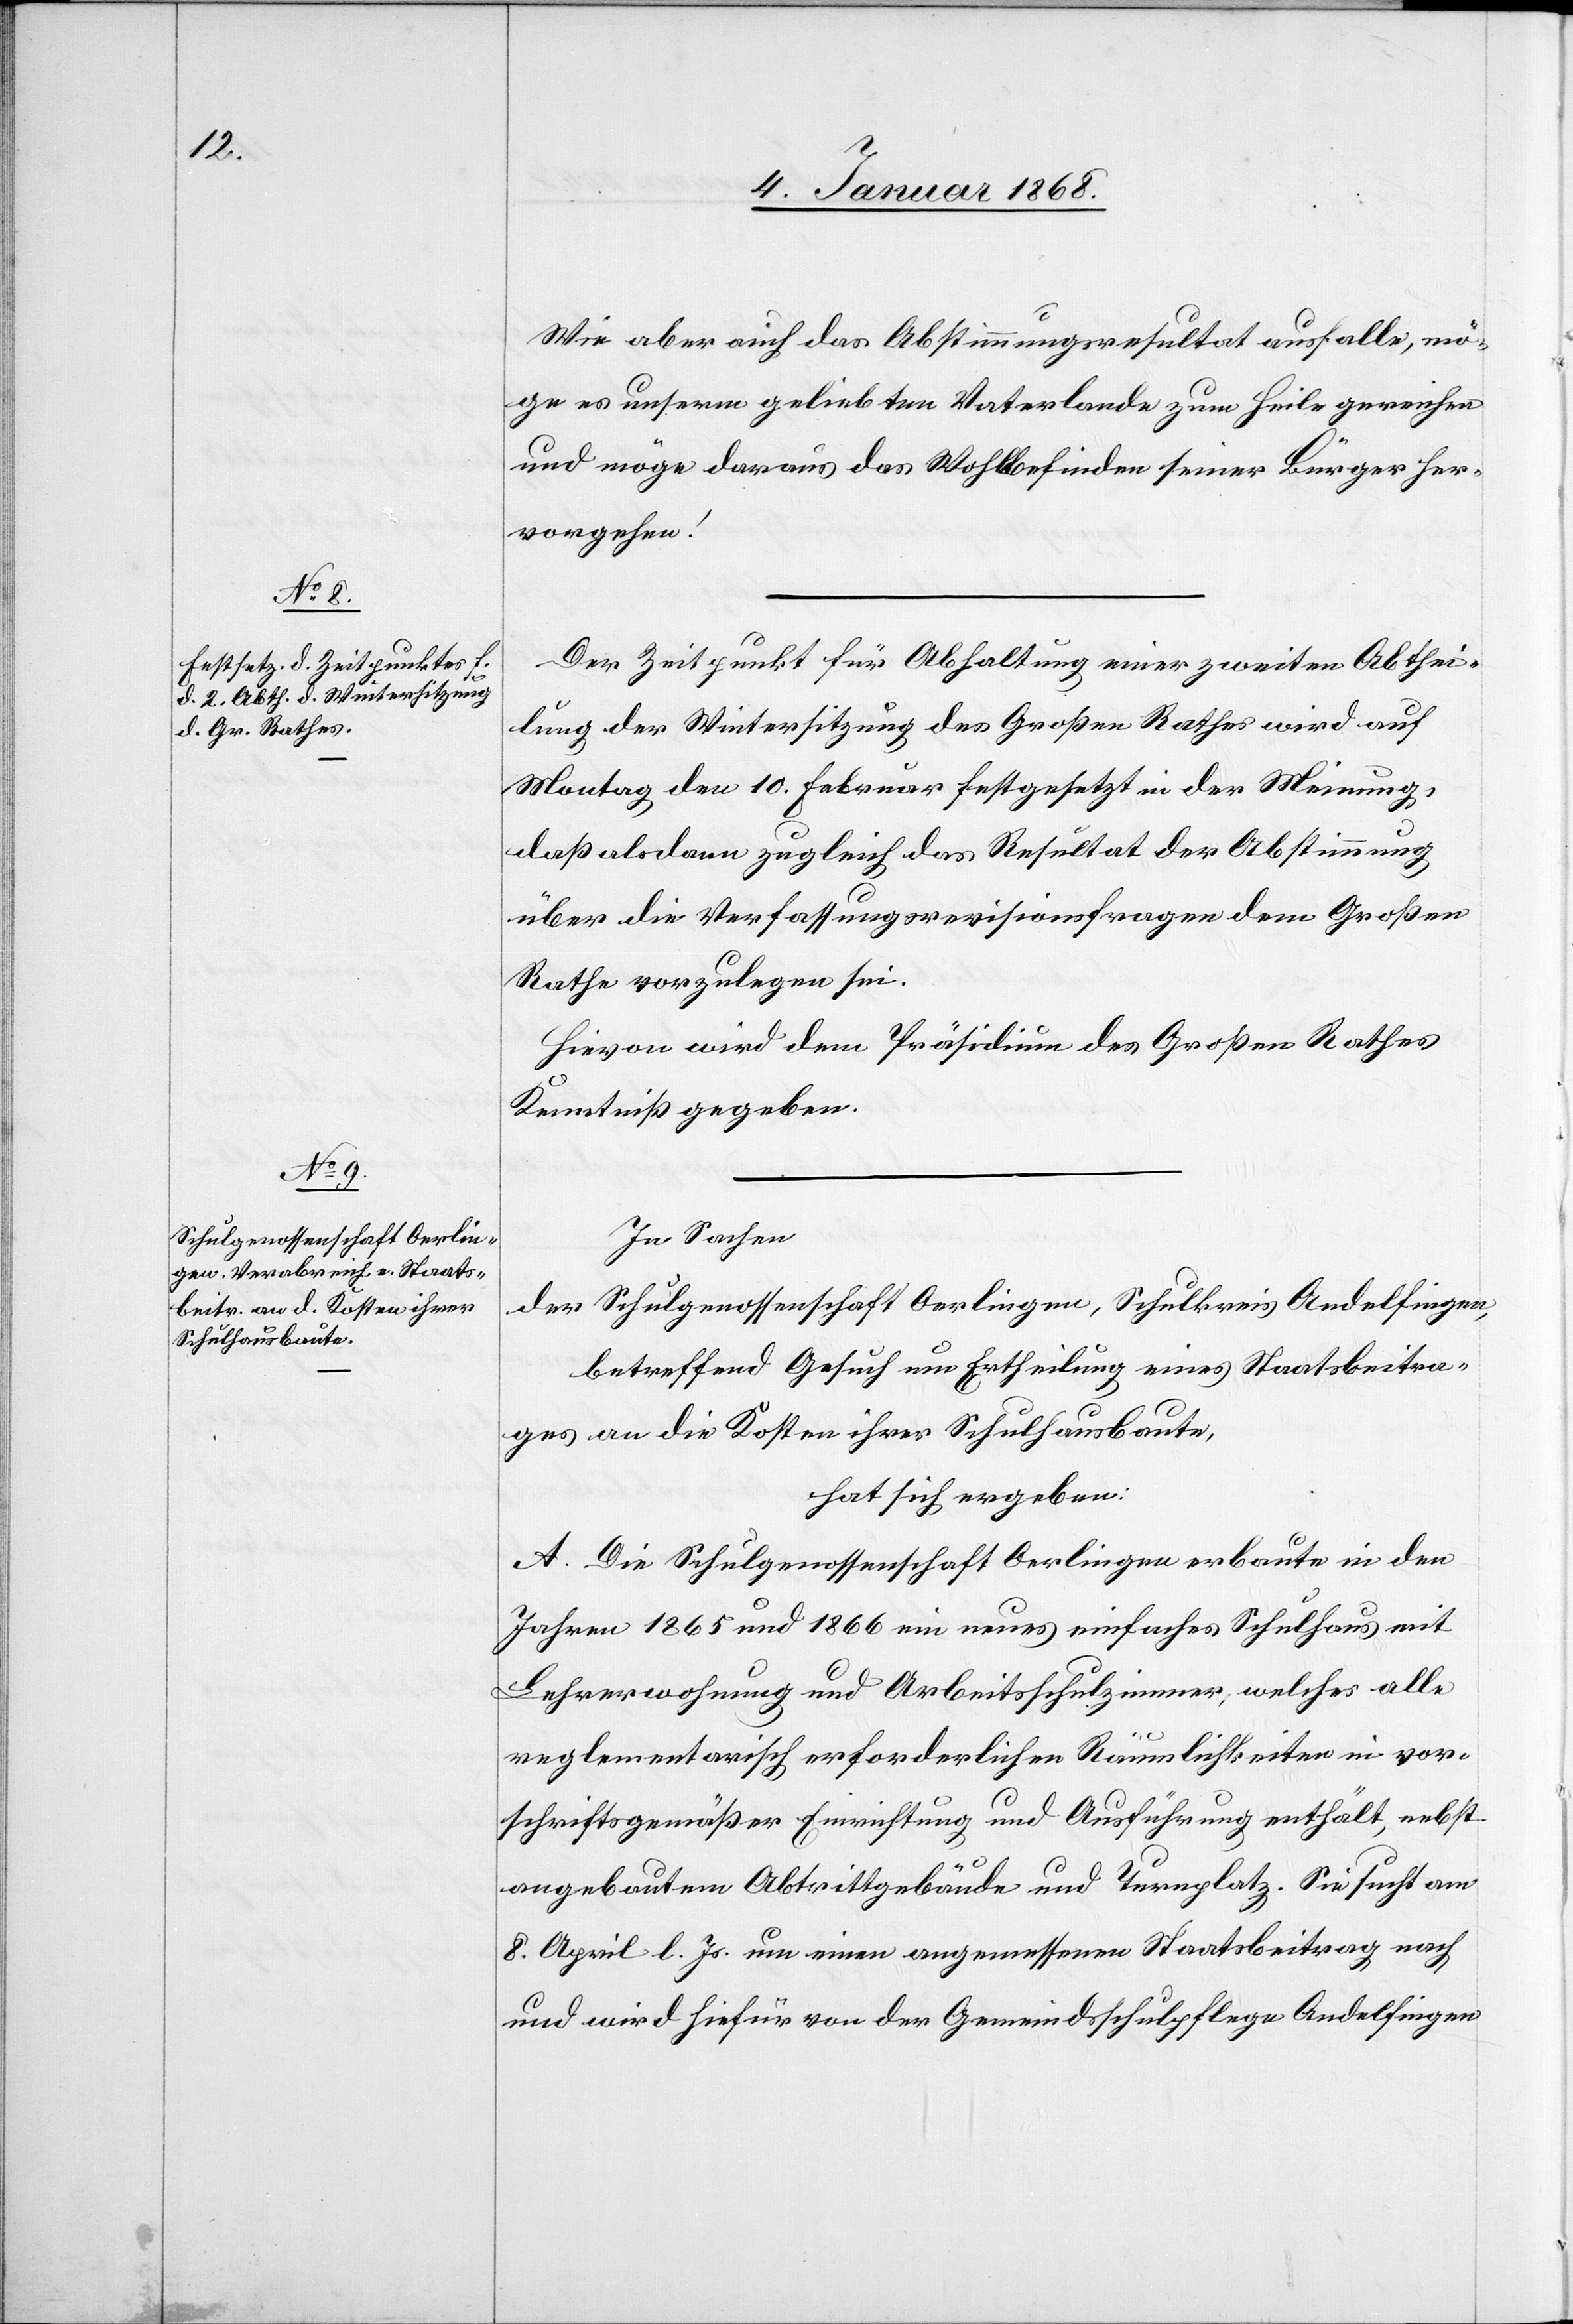
Wie aber auch das Abstimmungsresultat ausfalle, mö¬
ge es unserm geliebten Vaterlande zum Heile gereichen
und möge daraus das Wohlbefinden seiner Bürger her¬
vorgehen!
Der Zeitpunkt für Abhaltung einer zweiten Abthei¬
lung der Wintersitzung des Großen Rathes wird auf
Montag den 10. Februar festgesetzt in der Meinung,
daß alsdann zugleich das Resultat der Abstimmung
über die Verfassungsrevisionsfragen dem Großen
Rathe vorzulegen sei.
Hievon wird dem Präsidium des Großen Rathes
Kenntniß gegeben.
In Sachen
der Schulgenossenschaft Oerlingen, Schulkreis Andelfingen,
betreffend Gesuch um Ertheilung eines Staatsbeitra¬
ges an die Kosten ihrer Schulhausbaute,
hat sich ergeben:
A. Die Schulgenossenschaft Oerlingen erbaute in den
Jahren 1865 und 1866 ein neues einfaches Schulhaus mit
Lehrerwohnung und Arbeitsschulzimmer, welches alle
reglementarisch erforderlichen Räumlichkeiten in vor¬
schriftsgemäßer Einrichtung und Ausführung enthält, nebst
angebautem Abtrittgebäude und Turnplatz. Sie sucht am
8. April l. Js. um einen angemessenen Staatsbeitrag nach
und wird hiefür von der Gemeindsschulpflege Andelfingen